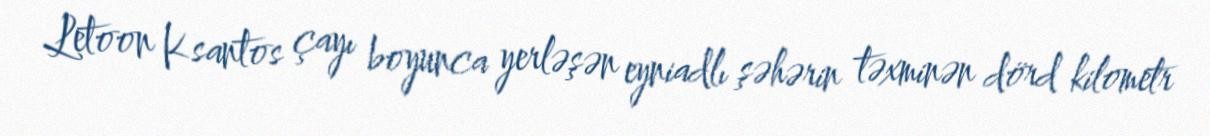
Letoon Ksantos çayı boyunca yerləşən eyniadlı şəhərin təxminən dörd kilometr